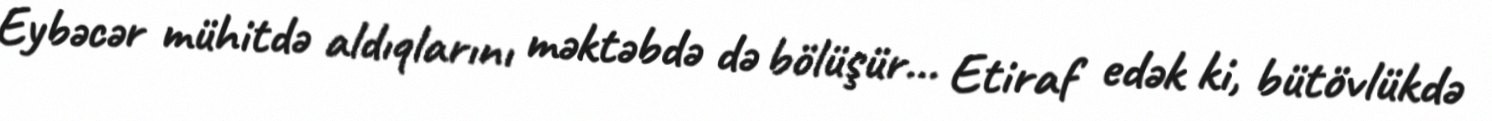
Eybəcər mühitdə aldıqlarını məktəbdə də bölüşür... Etiraf edək ki, bütövlükdə